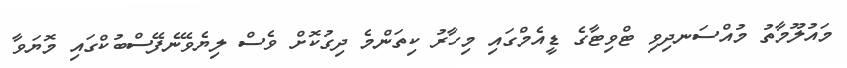
މައުލޫމާތު މުއްސަނދިވި ޓްވިޓާގެ ޑީއެމްގައި މިހާރު ކިތަންމެ ދިގުކޮށް ވެސް ލިޔެވޭނެފޭސްބުކްގައި މޮޔަވާ